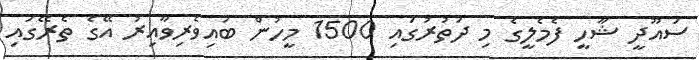
ސައޫދީ ޝާހީ ފެމެލީގެ މި ދަތުރުގައި 1500 މީހުން ބައިވެރިވާއިރު އޭގެ ތެރޭގައި